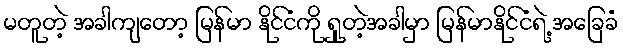
မတူတဲ့ အခါကျတော့ မြန်မာ နိုင်ငံကို ရှုတဲ့အခါမှာ မြန်မာနိုင်ငံရဲ့ အခြေခံ